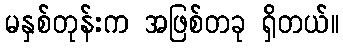
မနှစ်တုန်းက အဖြစ်တခု ရှိတယ်။